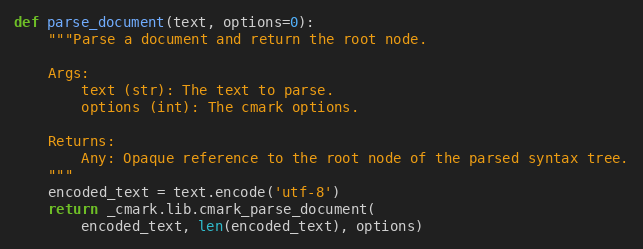
Language: Python
def parse_document(text, options=0):
    """Parse a document and return the root node.

    Args:
        text (str): The text to parse.
        options (int): The cmark options.

    Returns:
        Any: Opaque reference to the root node of the parsed syntax tree.
    """
    encoded_text = text.encode('utf-8')
    return _cmark.lib.cmark_parse_document(
        encoded_text, len(encoded_text), options)